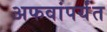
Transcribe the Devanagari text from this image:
अफवांपर्यंत